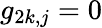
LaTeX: g_{2k,j}=0